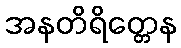
အနတိရိတ္တေန